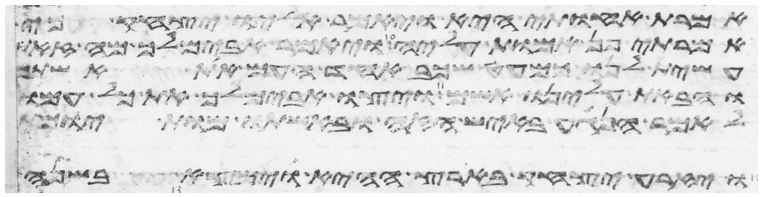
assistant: אמרת אחותי היא ויאמר אליו יצחק כי
אמרתי פן אמות עליה ויאמר אבימלך מה זאת
עשית לנו כמעט שכב אחד העם את אשתך
והבאת עלינו אשם ויצו אבימלך את כל עמו
לאמר הנגע באיש הזה ובאשתו מות יומת
ויזרע יצחק בארץ ההיא וימצא בשנה